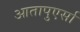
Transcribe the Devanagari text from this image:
आतापुएर्सा